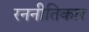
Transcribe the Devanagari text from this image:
रननीतिकार